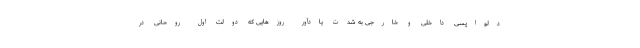
دلواپسی داخلی و خارجی به شدت یادآور روزهایی که دولت اول روحانی در